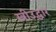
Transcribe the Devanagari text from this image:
स्त्रीउद्धार